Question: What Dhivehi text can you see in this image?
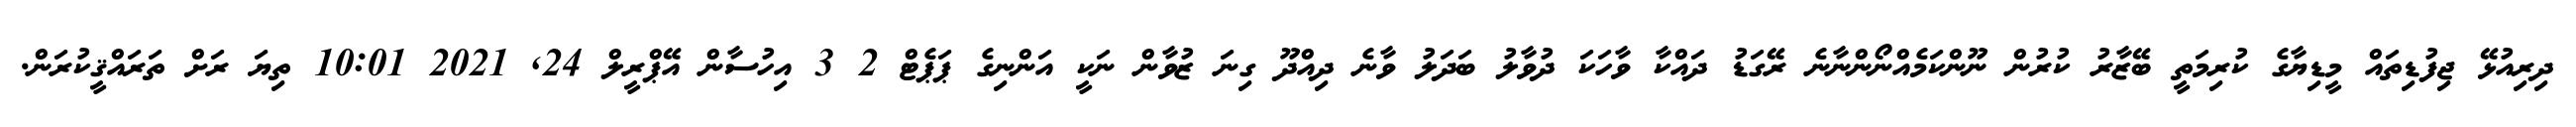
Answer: ދިރިއުޅޭ ޖިފުޑިތައް މީޑިޔާގެ ކުރިމަތީ ބޭޒާރު ކުރުން ނޫންކަމެއްނޯންނާނެ ރޭގަޑު ދައްކާ ވާހަކަ ދުވާލު ބަދަލު ވާނެ ދިއްދޫ ގިނަ ޒުވާން ނަކީ އަންނިގެ ޕަޕެޓް 2 3 އިހުސާން އޭޕްރީލް 24, 2021 10:01 ތިޔަ ރަށް ތަރައްޤީކުރަން.